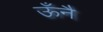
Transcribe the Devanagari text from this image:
ऊँनै